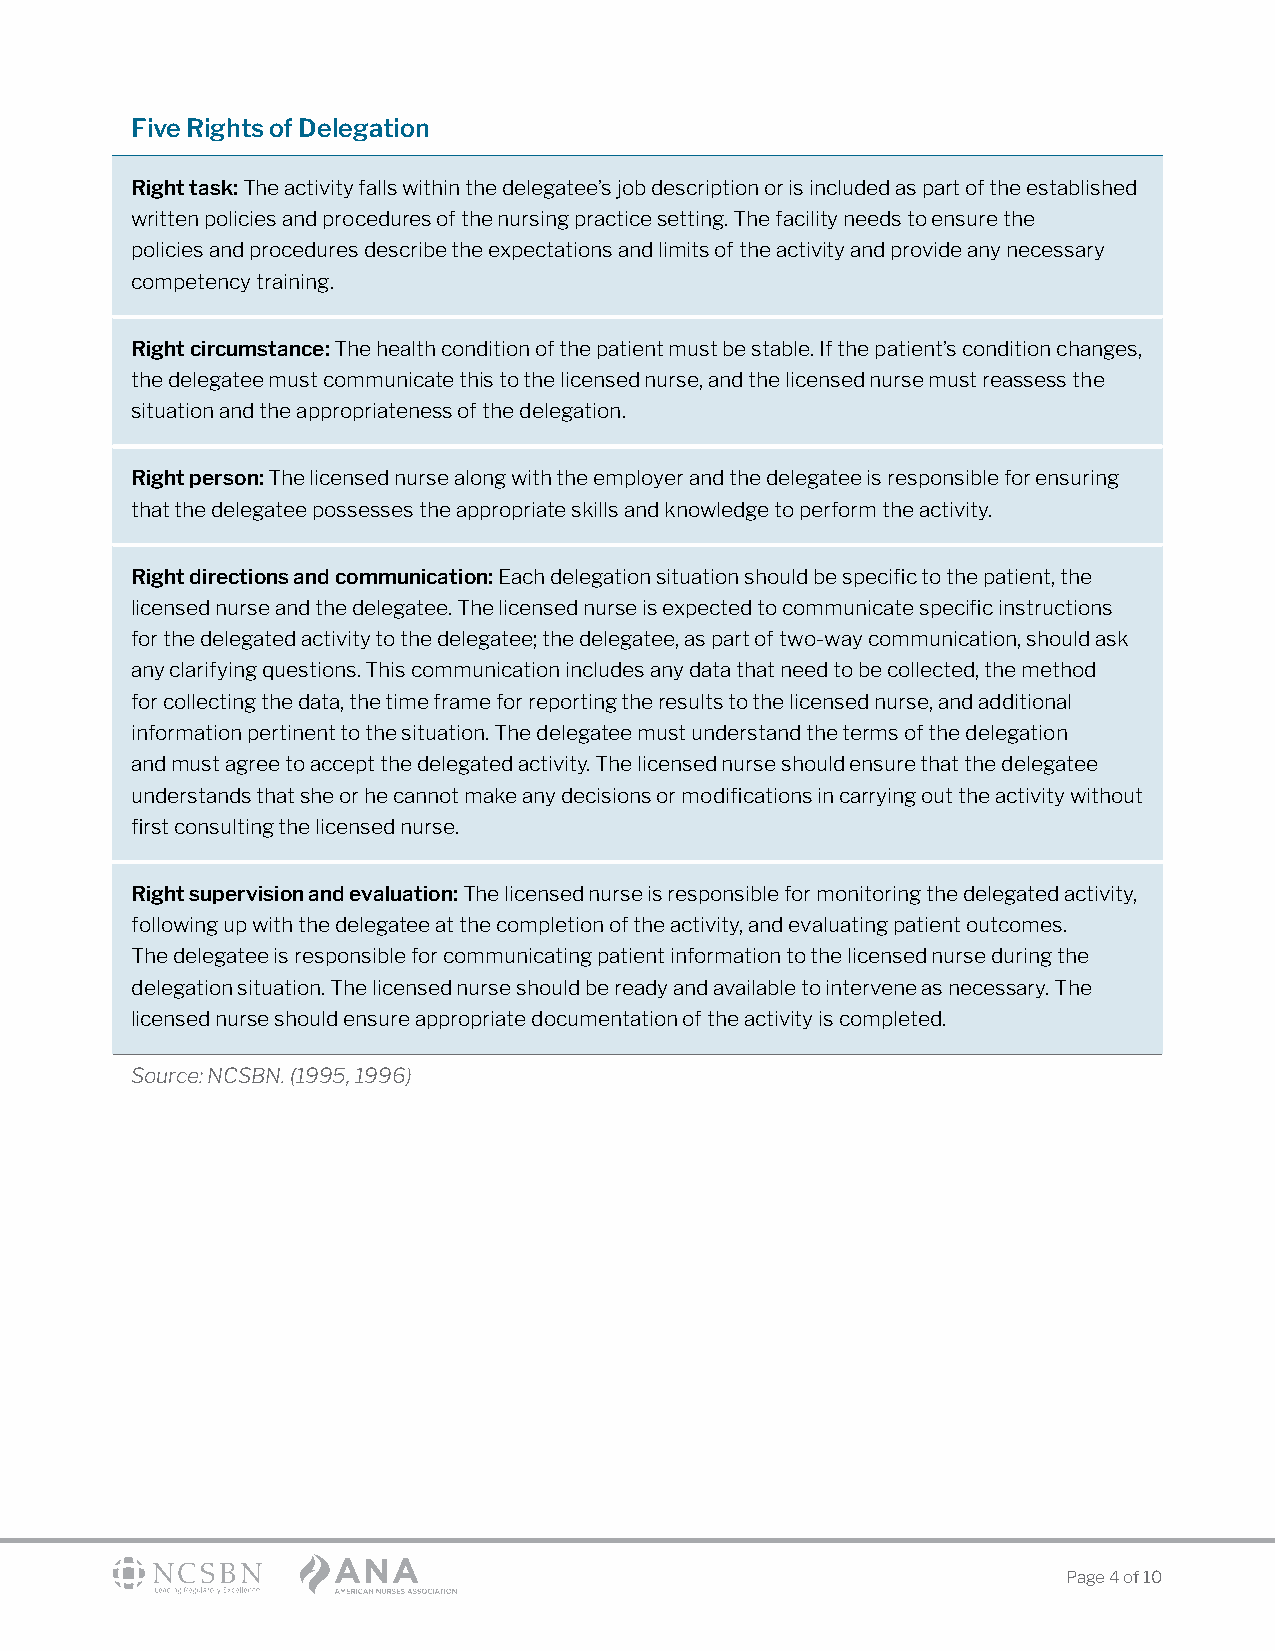
Five Rights of Delegation
 Right task: The activity falls within the delegatee’s job description or is included as part of the established
 written policies and procedures of the nursing practice setting. The facility needs to ensure the
 policies and procedures describe the expectations and limits of the activity and provide any necessary
 competency training.
 Right circumstance: The health condition of the patient must be stable. If the patient’s condition changes,
 the delegatee must communicate this to the licensed nurse, and the licensed nurse must reassess the
 situation and the appropriateness of the delegation.
 Right person: The licensed nurse along with the employer and the delegatee is responsible for ensuring
 that the delegatee possesses the appropriate skills and knowledge to perform the activity.
 Right directions and communication: Each delegation situation should be specific to the patient, the
 licensed nurse and the delegatee. The licensed nurse is expected to communicate specific instructions
 for the delegated activity to the delegatee; the delegatee, as part of two-way communication, should ask
 any clarifying questions. This communication includes any data that need to be collected, the method
 for collecting the data, the time frame for reporting the results to the licensed nurse, and additional
 information pertinent to the situation. The delegatee must understand the terms of the delegation
 and must agree to accept the delegated activity. The licensed nurse should ensure that the delegatee
 understands that she or he cannot make any decisions or modifications in carrying out the activity without
 first consulting the licensed nurse.
 Right supervision and evaluation: The licensed nurse is responsible for monitoring the delegated activity,
 following up with the delegatee at the completion of the activity, and evaluating patient outcomes.
 The delegatee is responsible for communicating patient information to the licensed nurse during the
 delegation situation. The licensed nurse should be ready and available to intervene as necessary. The
 licensed nurse should ensure appropriate documentation of the activity is completed.
 Source: NCSBN. (1995, 1996)
 Page 4 of 10